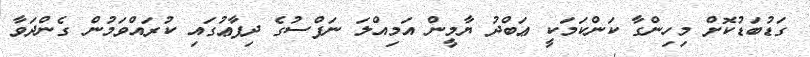
ގަޑުބަޑުކޮށް މިހިންގާ ކަންކަމަކީ ޢަބްދު ޔާމީން އަމިއްލަ ނަފްސުގެ ދިފާޢުގައި ކުރައްވަމުން ގެންދަވާ